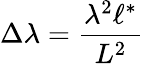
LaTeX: \Delta\lambda=\frac{\lambda^{2}\ell^{\ast}}{L^{2}}